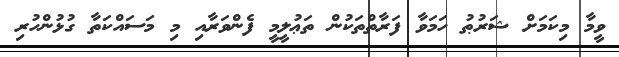
ވީމާ މިކަމަށް ޝަރުޠު ހަމަވާ ފަރާތްތަކުން ތަޢުލީމީ ފެންވަރާއި މި މަސައްކަތާ ގުޅުންހުރި